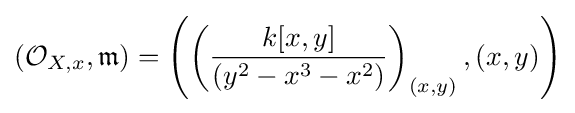
({\mathcal {O}}_{X,x},{\mathfrak {m}})=\left(\left({\frac {k[x,y]}{(y^{2}-x^{3}-x^{2})}}\right)_{(x,y)},(x,y)\right)